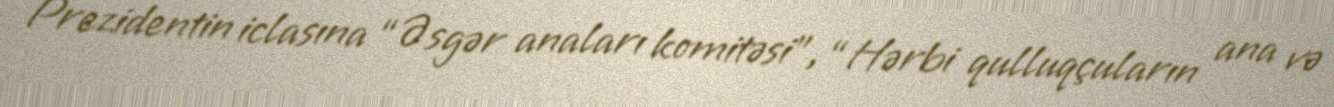
Prezidentin iclasına “Əsgər anaları komitəsi”, “Hərbi qulluqçuların ana və